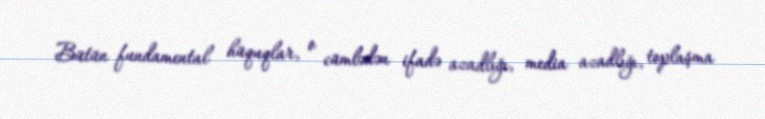
Bütün fundamental hüquqlar, o cümlədən ifadə azadlığı, media azadlığı, toplaşma